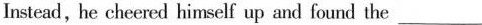
Instead , he cheered himself up and found the ___